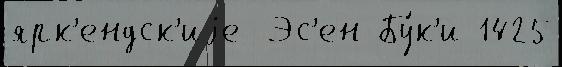
ярк'ендск'иjе  Эс'ен-Бу́к'и 1425